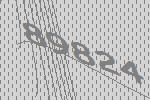
89824